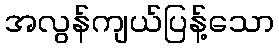
အလွန်ကျယ်ပြန့်သော